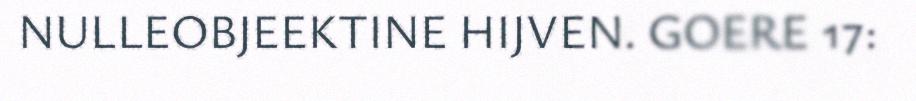
NULLEOBJEEKTINE HIJVEN. GOERE 17: